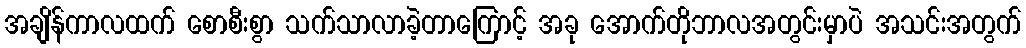
အချိန်ကာလထက် စောစီးစွာ သက်သာလာခဲ့တာကြောင့် အခု အောက်တိုဘာလအတွင်းမှာပဲ အသင်းအတွက်